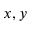
x , y